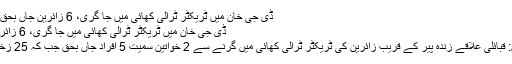
ڈی جی خان میں ٹریکٹر ٹرالی کھائی میں جا گری، 6 زائرین جاں بحق - iGreen
ڈی جی خان میں ٹریکٹر ٹرالی کھائی میں جا گری، 6 زائرین جاں بحق
ڈی جی خان: قبائلی علاقے زندہ پیر کے قریب زائرین کی ٹریکٹر ٹرالی کھائی میں گرنے سے 2 خواتین سمیت 5 افراد جاں بحق جب کہ 25 زخمی ہو گئے۔